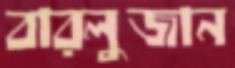
বারলুজান